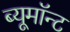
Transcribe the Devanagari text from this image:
ब्यूमॉन्ट